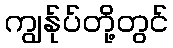
ကျွန်ုပ်တို့တွင်